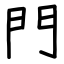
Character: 門